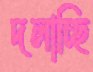
দলাচ্ছি